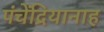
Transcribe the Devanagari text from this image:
पंचेंद्रियानाह